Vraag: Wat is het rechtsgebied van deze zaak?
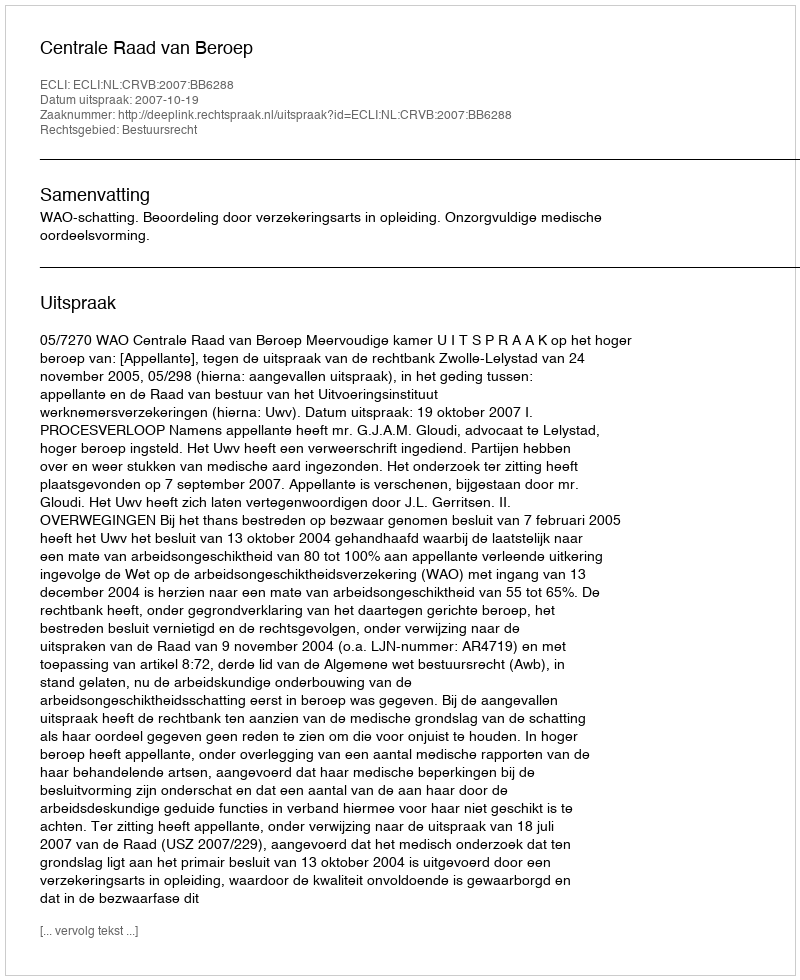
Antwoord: Bestuursrecht